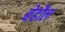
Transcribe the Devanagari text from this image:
बेढौल